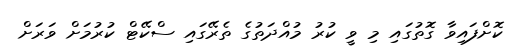
ކޮށްފައިވާ ގޮތުގައި މި ވީ ކުރު މުއްދަތުގެ ތެރޭގައި ސްކޭޓް ކުރުމަށް ވަރަށް